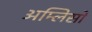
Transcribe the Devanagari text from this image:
अम्लिसो